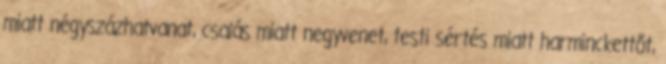
miatt négyszázhatvanat, csalás miatt negyvenet, testi sértés miatt harminckettőt,